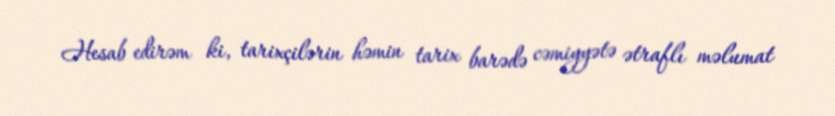
Hesab edirəm ki, tarixçilərin həmin tarix barədə cəmiyyətə ətraflı məlumat